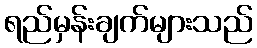
ရည်မှန်းချက်များသည်